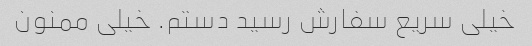
خیلی سریع سفارش رسید دستم. خیلی ممنون